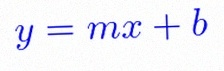
y=mx+b